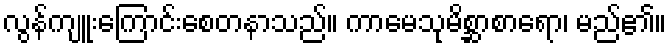
လွန်ကျူးကြောင်းစေတနာသည်။ ကာမေသုမိစ္ဆာစာရော၊ မည်၏။